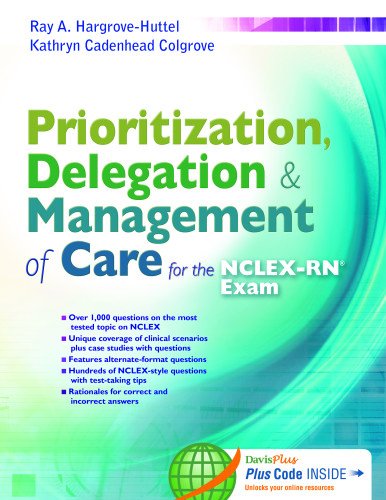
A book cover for Prioritization, Delegation, & Management of Care for the NCLEX-RNÂ® Exam; Ray A. Hargrove-Huttel RN  PhD; Test Preparation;